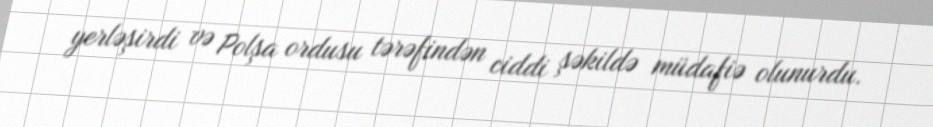
yerləşirdi və Polşa ordusu tərəfindən ciddi şəkildə müdafiə olunurdu.